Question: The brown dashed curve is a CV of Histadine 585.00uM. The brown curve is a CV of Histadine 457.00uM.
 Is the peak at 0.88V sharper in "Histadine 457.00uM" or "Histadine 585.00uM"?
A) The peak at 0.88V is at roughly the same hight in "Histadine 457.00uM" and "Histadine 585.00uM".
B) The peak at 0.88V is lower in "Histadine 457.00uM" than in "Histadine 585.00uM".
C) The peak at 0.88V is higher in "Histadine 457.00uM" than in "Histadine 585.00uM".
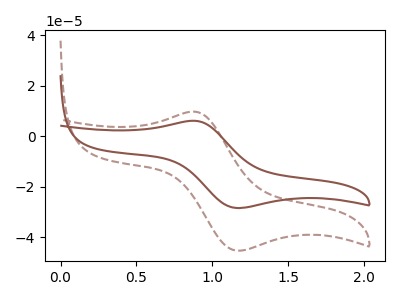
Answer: <think>The brown dashed curve "Histadine 585.00uM" has an anodic peak at (0.90V, 9.70uA) and a cathodic peak at (1.15V, -45.25uA). The brown curve "Histadine 457.00uM" has an anodic peak at (0.90V, 6.10uA) and a cathodic peak at (1.15V, -28.40uA).</think>
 <answer>B) The peak at 0.88V is lower in "Histadine 457.00uM" than in "Histadine 585.00uM".</answer>
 <eval>B</eval>